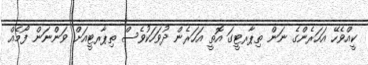
ކީއްވެހޭ އަހަރެންގެ ނަން ތިޕާރޓީގަ އޮތީ އަހަރެން ދުވަހަކުވެސް ތިޕާރޓީއަށް ވަންނަން ފޯމެއް